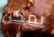
يمكن